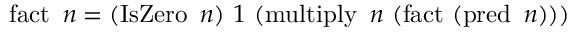
\operatorname { f a c t } \ n = ( \operatorname { I s Z e r o } \ n ) \ 1 \ ( \operatorname { m u l t i p l y } \ n \ ( \operatorname { f a c t } \ ( \operatorname { p r e d } \ n ) ) )